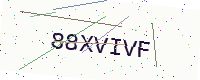
Text: 88XVIVF